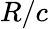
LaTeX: R/c